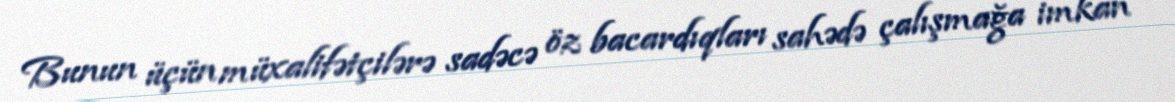
Bunun üçün müxalifətçilərə sadəcə öz bacardıqları sahədə çalışmağa imkan